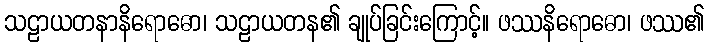
သဠာယတနာနိရောဓော၊ သဠာယတန၏ ချုပ်ခြင်းကြောင့်။ ဖဿနိရောဓော၊ ဖဿ၏